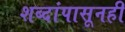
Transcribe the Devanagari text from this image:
शब्दांपासूनही